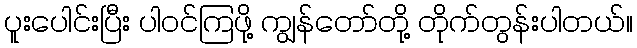
ပူးပေါင်းပြီး ပါဝင်ကြဖို့ ကျွန်တော်တို့ တိုက်တွန်းပါတယ်။